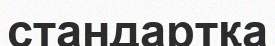
стандартқа